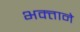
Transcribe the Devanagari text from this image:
भक्‍ताने